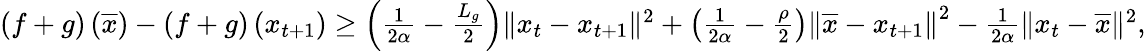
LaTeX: \begin{array}{r}{\left(f+g\right)\left(\overline{{x}}\right)-\left(f+g\right)\left(x_{t+1}\right)\geq\left(\frac{1}{2\alpha}-\frac{L_{g}}{2}\right)\| x_{t}-x_{t+1}\| ^{2}+\left(\frac{1}{2\alpha}-\frac{\rho}{2}\right)\left\Vert\overline{{x}}-x_{t+1}\right\Vert^{2}-\frac{1}{2\alpha}\| x_{t}-\overline{{x}}\| ^{2},}\end{array}